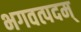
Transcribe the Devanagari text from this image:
भगवत्पदम्